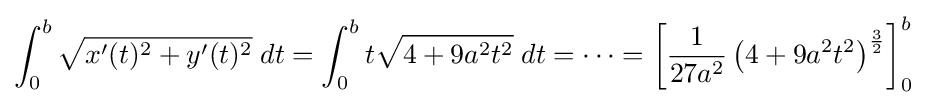
\int _{0}^{b}{\sqrt {x'(t)^{2}+y'(t)^{2}}}\;dt=\int _{0}^{b}t{\sqrt {4+9a^{2}t^{2}}}\;dt=\cdots =\left[{\frac {1}{27a^{2}}}\left(4+9a^{2}t^{2}\right)^{\frac {3}{2}}\right]_{0}^{b}\;